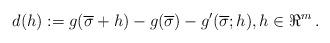
LaTeX: \begin{align*}d(h):=g(\overline{\sigma}+h)-g(\overline{\sigma})-g'(\overline{\sigma};h),h\in\Re^{m}\,.\end{align*}